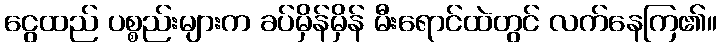
ငွေထည် ပစ္စည်းများက ခပ်မှိန်မှိန် မီးရောင်ထဲတွင် လက်နေကြ၏။